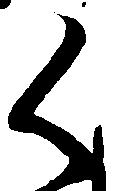
く